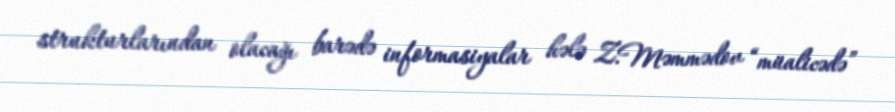
strukturlarından olacağı barədə informasiyalar hələ Z.Məmmədov “müalicədə”